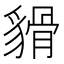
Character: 𧳸